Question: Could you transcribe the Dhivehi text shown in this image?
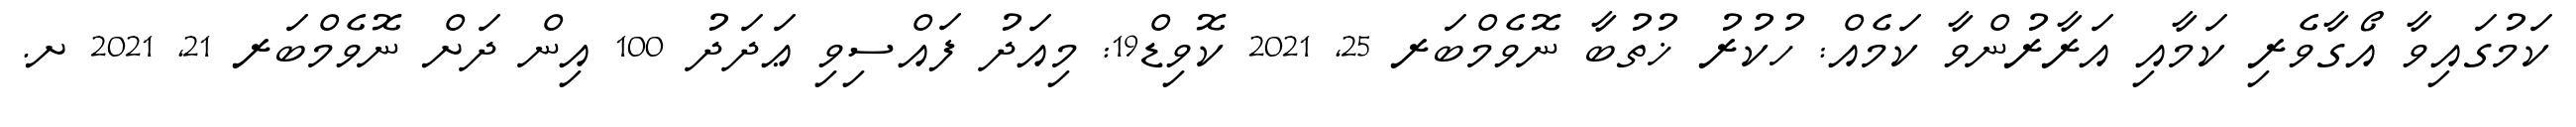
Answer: ކަމުގައިވާ އޯގާވެރި ކަމާއި އަރާރުންވާ ކަމެއް: ހުކުރު ޚުތުބާ ނޮވެމްބަރ 25, 2021 ކޮވިޑް19: މިއަދު ފައްސިވި ޢަދަދު 100 އިން ދަށް ނޮވެމްބަރ 21, 2021 ށ.